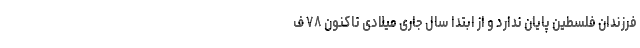
فرزندان فلسطین پایان ندارد و از ابتدا سال جاری میلادی تاکنون ۷۸ ف